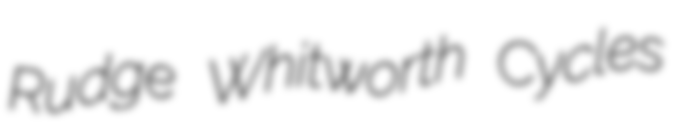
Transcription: Rudge Whitworth Cycles